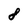
Character: 8